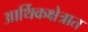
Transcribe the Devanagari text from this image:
आर्थिकक्षेत्रात